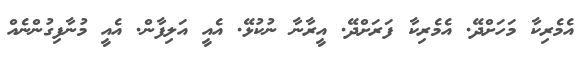
އެމެރިކާ މަހަށްދޭ. އެމެރިކާ ފަރަށްދޭ. އީރާނާ ނުކުޅޭ. އެއީ އަލިފާން. އެއީ މުނާފިގުންނެއް